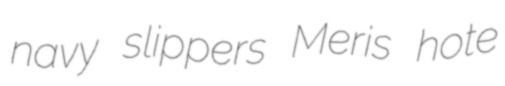
navy slippers Meris hote